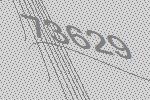
73629